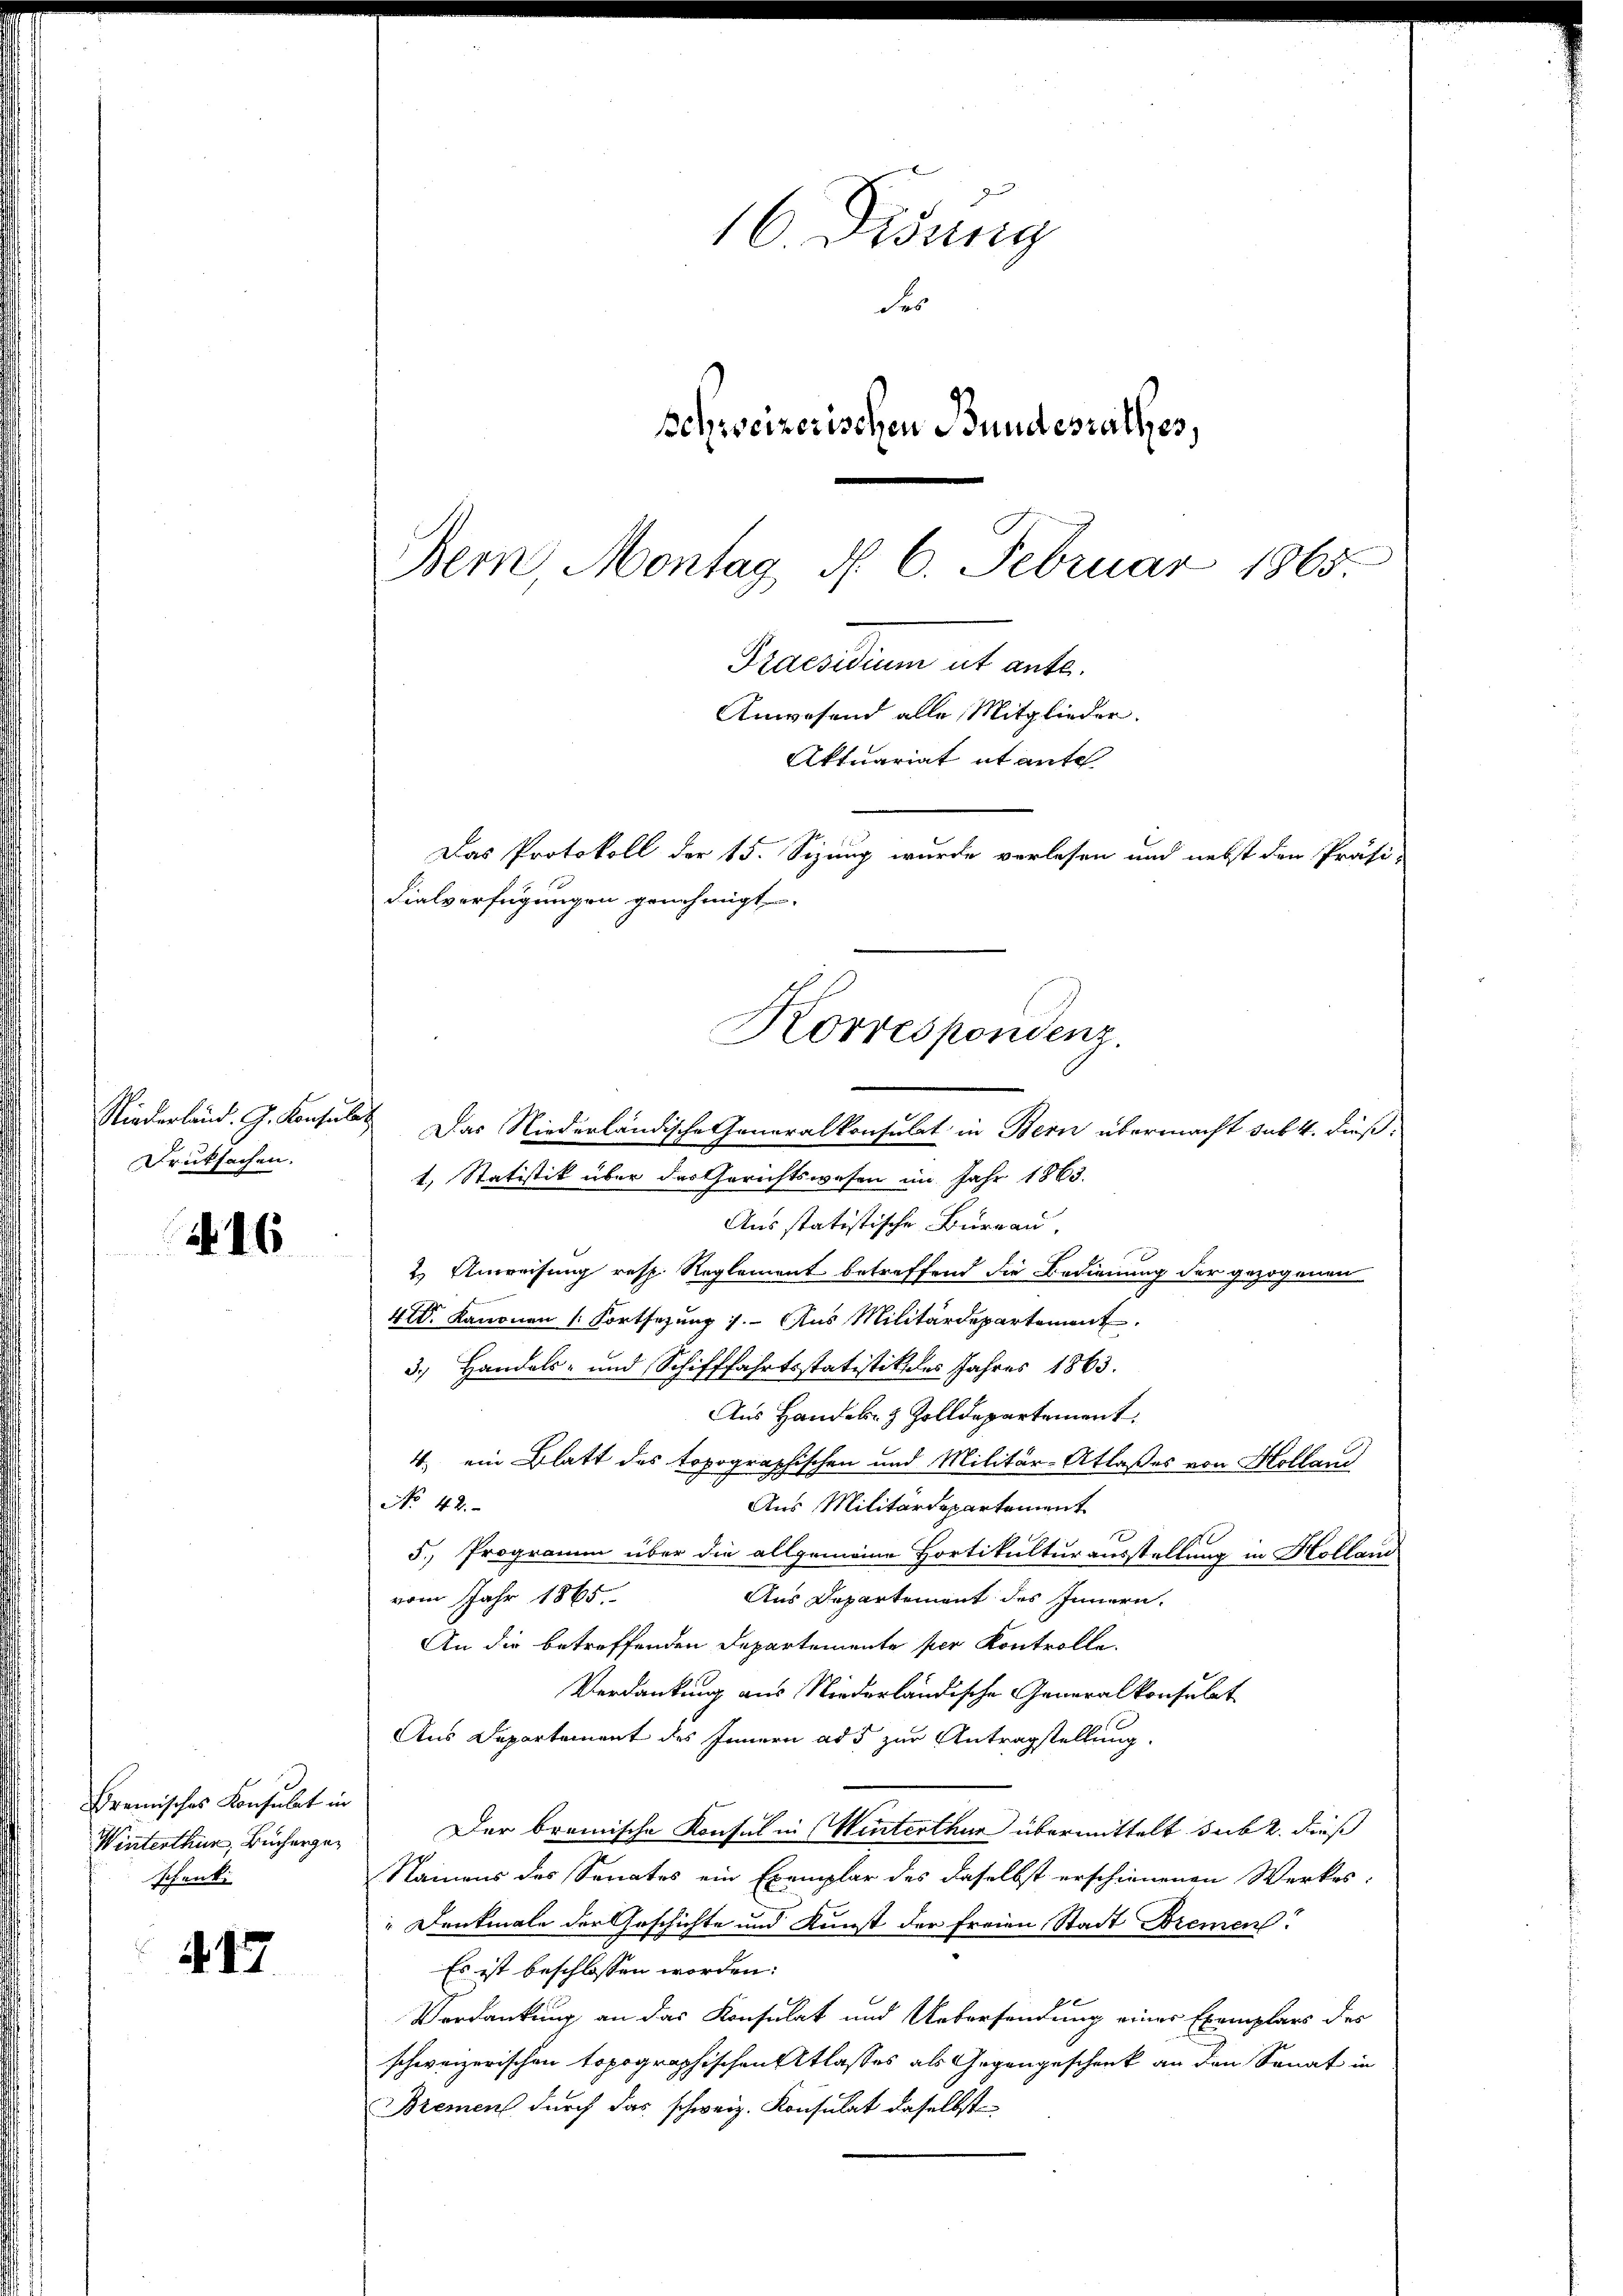
Niederland. G. Konsulat
Druksachen.

N 16

Bremisches Konsulat in
Winterthur, Bücherge¬
Schenk

17

Dem Montag d. 6. Februar 1865
Praesidium ut ante.
Anwesend alle Mitglieder.
Das Protokoll der 15. Sizung wurde verlesen und nebst den Präsi-
Fialverfügungen genehmigt.
Korrespondenz.
Das Niederländische Generalkonsulat in Bern übermacht sub. 4. dieß¬

16 Didung
Ses
schweizerischen Bundesrathes,

t, Statistik über der Gerichtswesen im Jahr 1863.
Aus statistische Burgau,
2.) Anweisung resp. Reglement betreffend die Bedienung der gezogenen
410. Kanonen 1. Fortsezung 1. Aus Militärdepartement.
3.) Handels- und Schifffahrtsstatistik des Jahres 1863.
Aus Handel- & Zolldepartement.
4. ein Blatt des topographischen und Militär-Atlaßes von Hollaud
No 42.
Aus Militärdepartement
5. Programm über die allgemeine Hortikultur ausstellung in Hollam
vom Jahr 1865.
Aus Departement des Innern.
An die betreffenden Departemente per Kontrolle.
Verdankung aus Niederländische Generalkonsulat
Aus Departement des Innern ad 5 zur Antragstellung.
Der bremische Konsul in Winterthur übermittelt sub 2. dies
Namens des Sanates ein Exemplar des daselbst erschienenen Werkes:
" Denkmale der Geschichte und Kunst der freien Stadt Bremen
Es ist beschlossen worden:
Verdankung an das Konsulat und Uebersendung eines Exemplars des
schweizerischen topographischen Atlasses als Gegengeschenk an den Sonat in
Brement durch das schweiz. Konsulat daselbst

Aktuariat itante